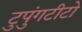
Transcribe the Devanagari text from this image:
टुपुंगटीटो